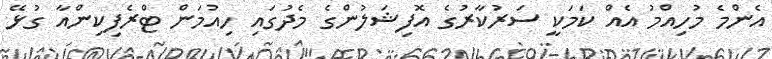
އެންމެ މުހިއްމު އެއް ކަމަކީ ސަރުކާރުގެ އޮފިޝަލުންގެ މެދުގައި ހިއުމަން ޓްރެފިކިންއާ ގުޅޭ